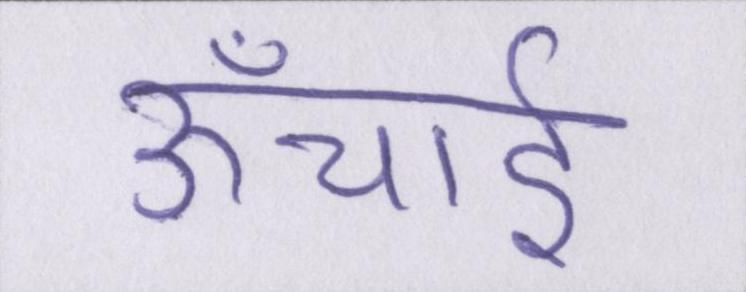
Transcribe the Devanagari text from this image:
ऊँचाई